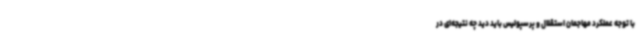
با توجه عملکرد مهاجمان استقلال و پرسپولیس باید دید چه نتیجه‌ای در